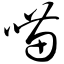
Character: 喵